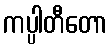
ကပ္ပါတီတော